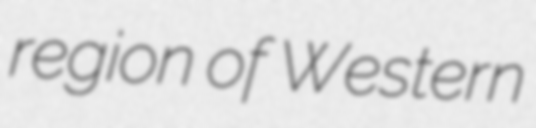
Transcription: region of Western